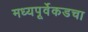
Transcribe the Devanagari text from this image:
मध्यपूर्वेकडचा